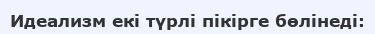
Идеализм екі түрлі пікірге бөлінеді: